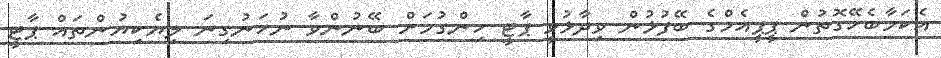
އެކަމާބެހޭގޮތުން ޕީޕީއެމްގެ ބޭފުޅުން ވިދާޅުވީ ޕާޓީ ހިންގުމަށް ބޭނުންވާ ނުހަނުގިނަ ލިޔެކިޔުންތައް ޕާޓީ